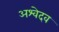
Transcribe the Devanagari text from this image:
अश्वेदव